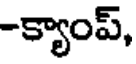
-క్యాంప్,